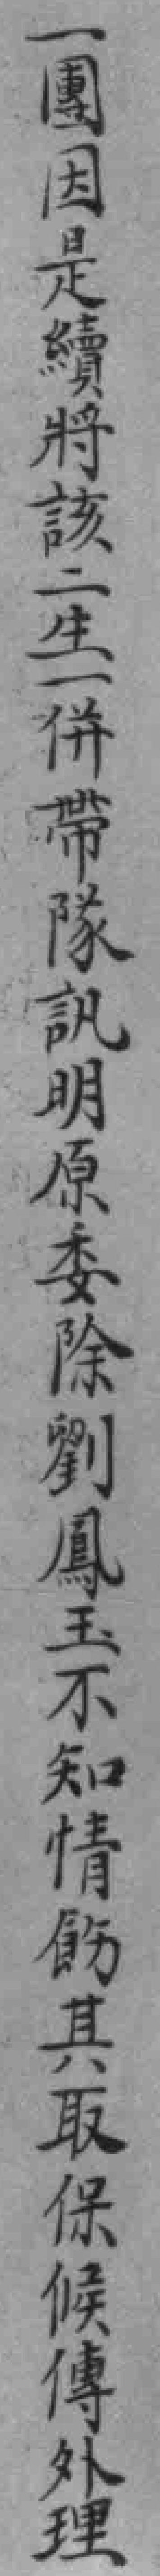
一團因是續將該二生一併帶隊訊明原委除劉鳳玉不知情飭其取保候傳外理